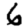
Digit: 6